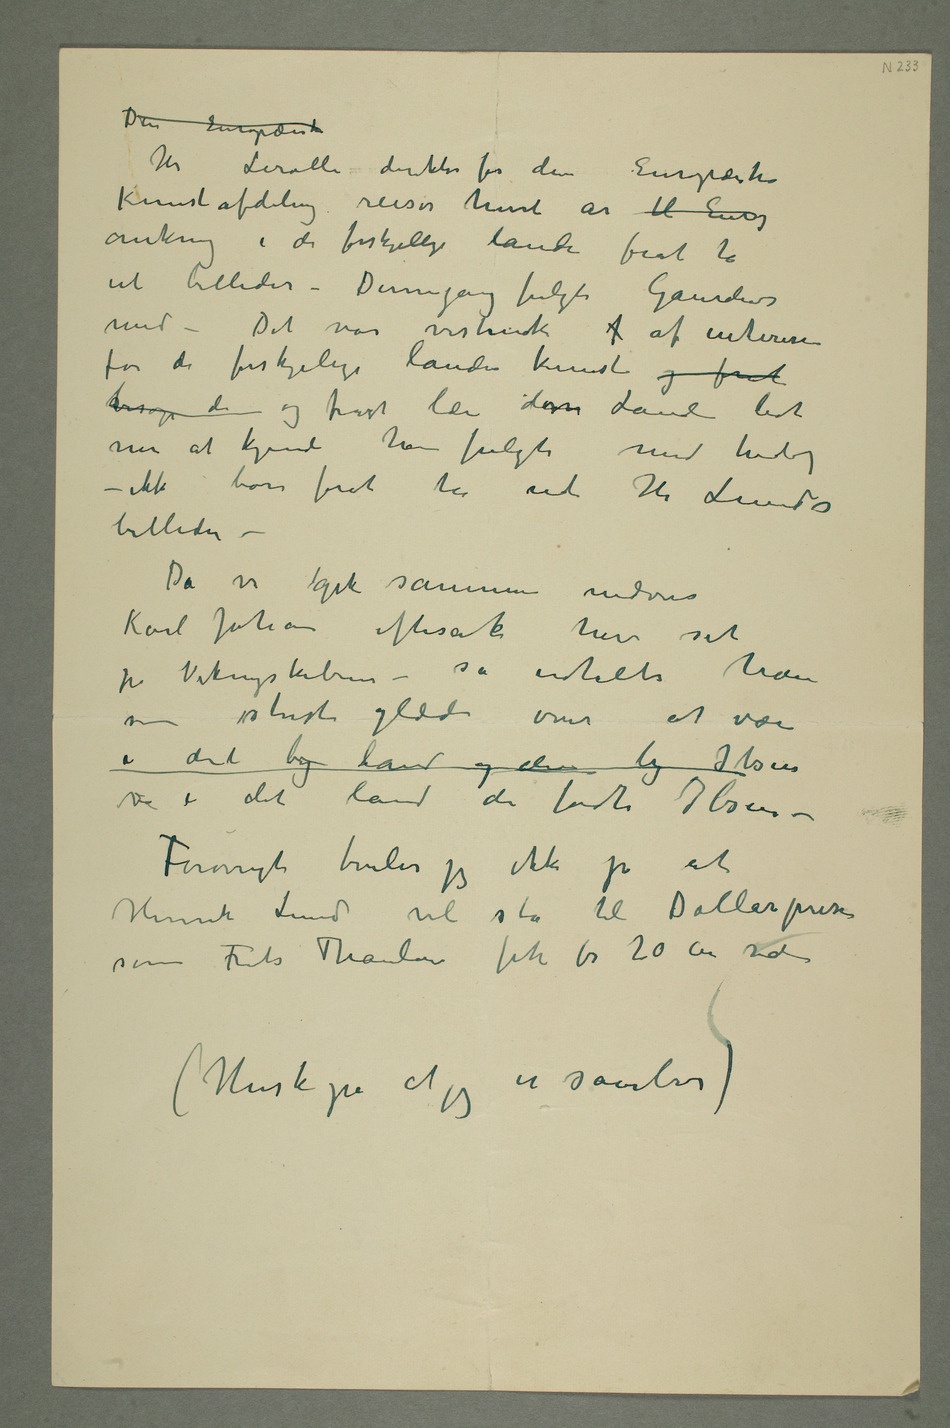
Den Europæiske
Hr Lerolle direktør for den Europæiske
Kunstafdeling reiser hvert år til Europa
omkring i de forskjellige lande forat ta
ut billeder – Dennegang fulgte Gaudens
med – Det var vistnok f af interesse
for de forskjelige landes kunst og forat
besøge de og forat lære disse Lande lidt
ikke bare forat ta ut Hr Lunds
billeder –
Da vi gik sammen nedover
Karl Johan efterat have set
på Vikingskibene – så udtalte han
sin største glæde over at være
i det by land og den by Ibsen
i det land der fødte Ibsen –
Forøvrigt tviler jeg ikke på at
Henrik Lund vil stå til Dollarprisen
som Frits Thaulow fik for 20 år siden
(Husk på at jeg er samler)